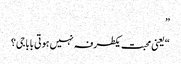
”
“یعنی محبت یکطرفہ نہیں ہوتی باباجی؟